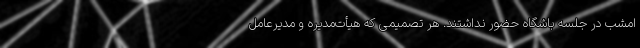
امشب در جلسه باشگاه حضور نداشتند. هر تصمیمی که هیأت‌مدیره و مدیرعامل